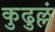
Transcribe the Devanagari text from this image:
कुढुल्लं